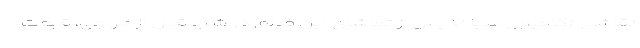
نقاشی «کامیون سیاه» پس از تماشای این فیلم در شب قبل از حراجی، قیمت